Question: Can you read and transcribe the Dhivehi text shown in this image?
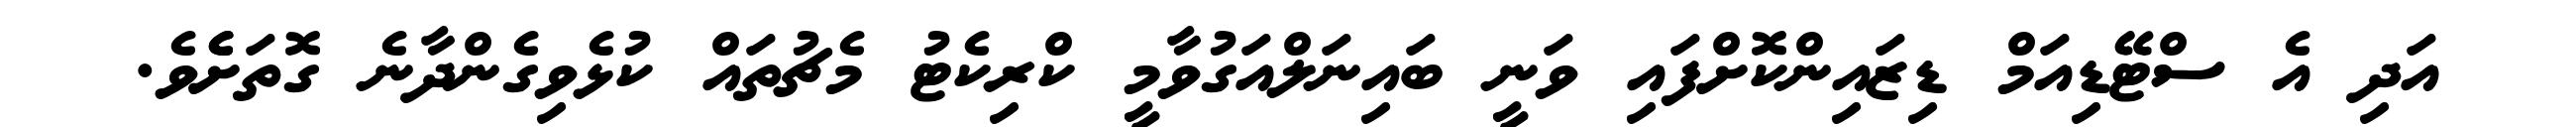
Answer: އަދި އެ ސްޓޭޑިއަމް ޑިޒައިންކޮށްފައި ވަނީ ބައިނަލްއަގުވާމީ ކްރިކެޓު މެޗުތައް ކުޅެވިގެންދާނެ ގޮތަށެެވެ.